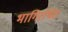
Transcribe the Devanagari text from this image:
भागिरथिंत